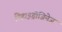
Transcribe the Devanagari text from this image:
डिहाइड्रोजिनेज